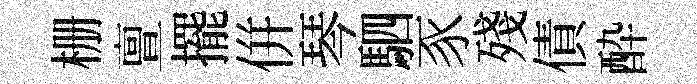
栅亶擺併琴駟豕殘債酔